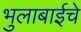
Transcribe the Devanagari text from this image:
भुलाबाईचे